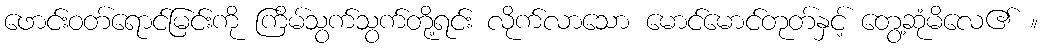
ဖောင်းဝတ်ရောင်မြင်းကို ကြိမ်သွက်သွက်တို့ရင်း လိုက်လာသော မောင်မောင်တုတ်နှင့် တွေ့ဆုံမိလေ၏ ။